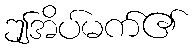
ဤအိပ်မက်၏